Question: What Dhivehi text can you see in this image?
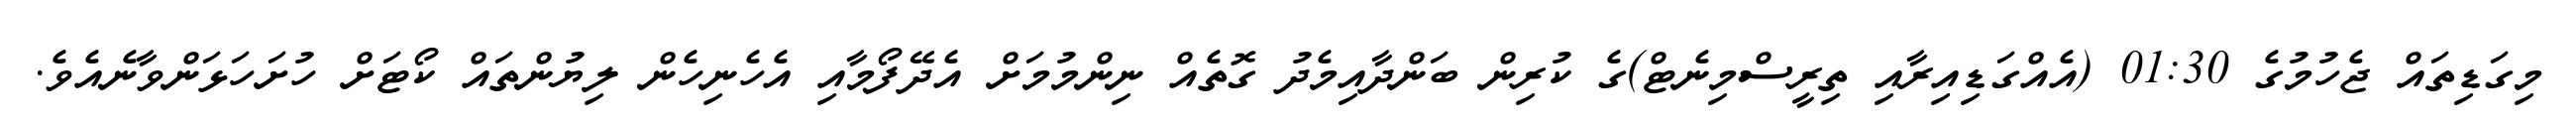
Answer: މިގަޑިތައް ޖެހުމުގެ 01:30 (އެއްގަޑިއިރާއި ތިރީސްމިނެޓް)ގެ ކުރިން ބަންދާއިމެދު ގޮތެއް ނިންމުމަށް އެދޭފޯމާއި އެހެނިހެން ލިޔުންތައް ކޯޓަށް ހުށަހަޅަންވާނެއެވެ.